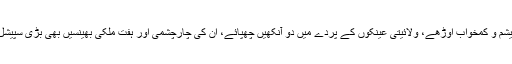
اس لئے ریشم و کمخواب اوڑھے، ولائیتی عینکوں کے پردے میں دو آنکھیں چھپائے، ان کی چارچشمی اور ہفت ملکی بھینسیں بھی بڑی سپیشل ہوتی ہیں۔